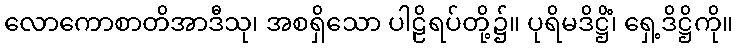
လောကောစာတိအာဒီသု၊ အစရှိသော ပါဠိရပ်တို့၌။ ပုရိမဒိဋ္ဌိံ၊ ရှေ့ဒိဋ္ဌိကို။